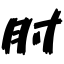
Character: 肘